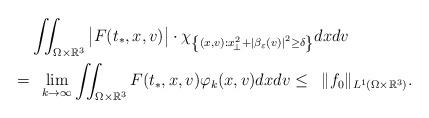
LaTeX: \begin{align*} & \iint_{\Omega\times\mathbb{R}^3} \big|F(t_*,x,v)\big|\cdot\chi_{\left\{(x,v) : x_{\!\perp}^{ 2} + \left|\beta_\varepsilon(v)\right|^2 \geq \delta \right\}} dxdv \\ = &\;\; \lim_{k\rightarrow\infty} \iint_{\Omega\times\mathbb{R}^3} F(t_*,x,v)\varphi_k(x,v) dxdv \leq \;\; \|f_0\|_{L^1(\Omega\times\mathbb{R}^3)} . \end{align*}